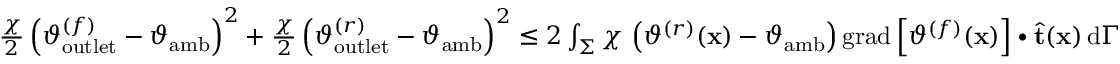
\begin{array} { r } { \frac { \chi } { 2 } \left( \vartheta _ { \mathrm { o u t l e t } } ^ { ( f ) } - \vartheta _ { \mathrm { a m b } } \right) ^ { 2 } + \frac { \chi } { 2 } \left( \vartheta _ { \mathrm { o u t l e t } } ^ { ( r ) } - \vartheta _ { \mathrm { a m b } } \right) ^ { 2 } \leq 2 \int _ { \Sigma } \chi \, \left( \vartheta ^ { ( r ) } ( \mathbf { x } ) - \vartheta _ { \mathrm { a m b } } \right) \mathrm { g r a d } \left[ \vartheta ^ { ( f ) } ( \mathbf { x } ) \right] \bullet \widehat { \mathbf { t } } ( \mathbf { x } ) \, \mathrm { d } \Gamma } \end{array}